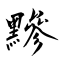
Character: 黲